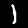
Digit: 1